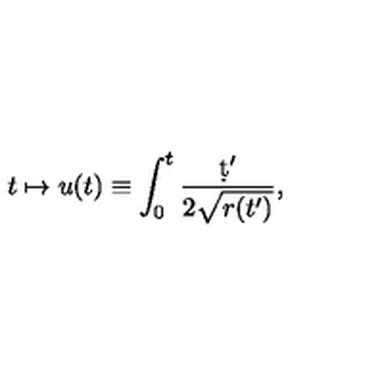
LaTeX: t \mapsto u ( t ) \equiv \int _ { 0 } ^ { t } \frac { \d t ^ { \prime } } { 2 \sqrt { r ( t ^ { \prime } ) } } ,